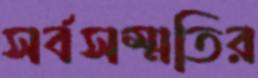
সর্বসম্মতির